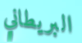
البريطاني